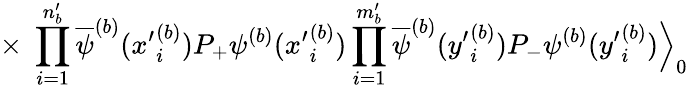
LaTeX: \times\; \prod_{i=1}^{n_{b}^{\prime}}\overline{{{\psi}}}^{(b)}({x^{\prime}}_{i}^{(b)})P_{+}\psi^{(b)}({x^{\prime}}_{i}^{(b)})\prod_{i=1}^{m_{b}^{\prime}}\overline{{{\psi}}}^{(b)}({y^{\prime}}_{i}^{(b)})P_{-}\psi^{(b)}({y^{\prime}}_{i}^{(b)})\Big\rangle_{0}